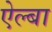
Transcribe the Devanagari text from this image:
ऐल्बा